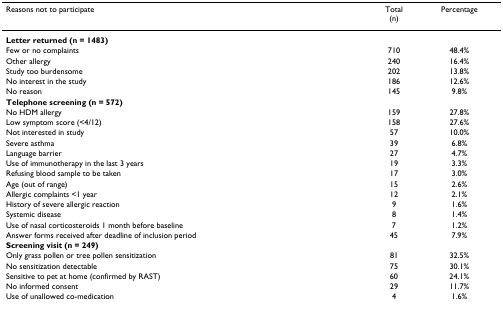
<table><thead><tr><td><b>Reasons not to participate</b></td><td><b>Total(n)</b></td><td><b>Percentage</b></td></tr></thead><tbody><tr><td><b>Letter returned (n = 1483)</b></td><td></td><td></td></tr><tr><td>Few or no complaints</td><td>710</td><td>48.4%</td></tr><tr><td>Other allergy</td><td>240</td><td>16.4%</td></tr><tr><td>Study too burdensome</td><td>202</td><td>13.8%</td></tr><tr><td>No interest in the study</td><td>186</td><td>12.6%</td></tr><tr><td>No reason</td><td>145</td><td>9.8%</td></tr><tr><td><b>Telephone screening (n = 572)</b></td><td></td><td></td></tr><tr><td>No HDM allergy</td><td>159</td><td>27.8%</td></tr><tr><td>Low symptom score (&lt;4/12)</td><td>158</td><td>27.6%</td></tr><tr><td>Not interested in study</td><td>57</td><td>10.0%</td></tr><tr><td>Severe asthma</td><td>39</td><td>6.8%</td></tr><tr><td>Language barrier</td><td>27</td><td>4.7%</td></tr><tr><td>Use of immunotherapy in the last 3 years</td><td>19</td><td>3.3%</td></tr><tr><td>Refusing blood sample to be taken</td><td>17</td><td>3.0%</td></tr><tr><td>Age (out of range)</td><td>15</td><td>2.6%</td></tr><tr><td>Allergic complaints &lt;1 year</td><td>12</td><td>2.1%</td></tr><tr><td>History of severe allergic reaction</td><td>9</td><td>1.6%</td></tr><tr><td>Systemic disease</td><td>8</td><td>1.4%</td></tr><tr><td>Use of nasal corticosteroids 1 month before baseline</td><td>7</td><td>1.2%</td></tr><tr><td>Answer forms received after deadline of inclusion period</td><td>45</td><td>7.9%</td></tr><tr><td><b>Screening visit (n = 249)</b></td><td></td><td></td></tr><tr><td>Only grass pollen or tree pollen sensitization</td><td>81</td><td>32.5%</td></tr><tr><td>No sensitization detectable</td><td>75</td><td>30.1%</td></tr><tr><td>Sensitive to pet at home (confirmed by RAST)</td><td>60</td><td>24.1%</td></tr><tr><td>No informed consent</td><td>29</td><td>11.7%</td></tr><tr><td>Use of unallowed co-medication</td><td>4</td><td>1.6%</td></tr></tbody></table>